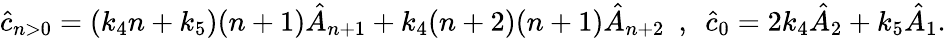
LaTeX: \hat{c}_{n>0}=(k_{4}n+k_{5})(n+1)\hat{A}_{n+1}+k_{4}(n+2)(n+1)\hat{A}_{n+2}~~,~~\hat{c}_{0}=2k_{4}\hat{A}_{2}+k_{5}\hat{A}_{1}.